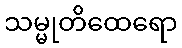
သမ္မုတိထေရော